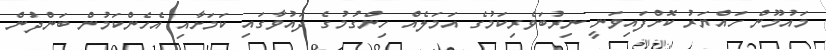
މައުމޫން ހައްޔަރު ކޮށްފައިވަނީ ނިރުބަވެރިކަމުގެ އަމަލެއް ހިންގުމުގެ ދައުވާގައި ކަމަށާއި އެހެންކަމުން ބަންދުން